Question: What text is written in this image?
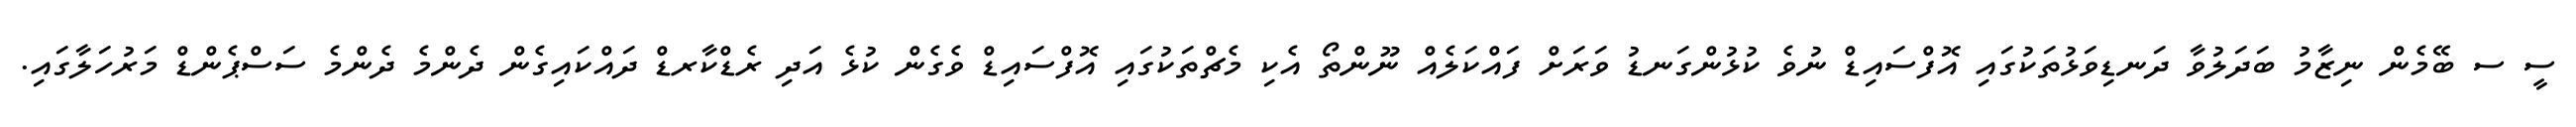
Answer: ސީ ސ ބޭމެން ނިޒާމު ބަދަލުވާ ދަނޑިވަޅުތަކުގައި އޮފްސައިޑް ނުވެ ކުޅުންގަނޑު ވަރަށް ފައްކަލެއް ނޫންތޯ އެކި މެޗްތަކުގައި އޮފްސައިޑް ވެގެން ކުޅެ އަދި ރެޑްކާރޑް ދައްކައިގެން ދެންމެ ދެންމެ ސަސްޕެންޑް މަރުހަލާގައި.